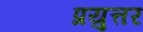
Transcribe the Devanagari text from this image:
प्रयुत्तर